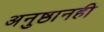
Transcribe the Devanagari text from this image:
अनुष्ठानही